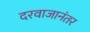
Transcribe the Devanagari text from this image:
दरवाजानंतर